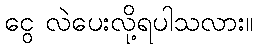
ငွေ လဲပေးလို့ရပါသလား။